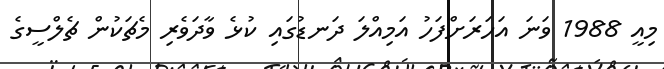
މިއީ 1988 ވަނަ އަހަރަށްފަހު އަމިއްލަ ދަނޑުގައި ކުޅެ ވާދަވެރި މެޗަކުން ޗެލްސީގެ